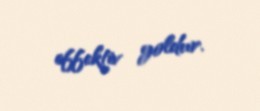
effektiv yoldur.